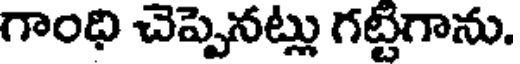
గాంధి చెప్పెనట్లు గట్టిగాను.